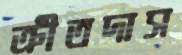
ক্রীতদাস